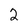
Character: 2